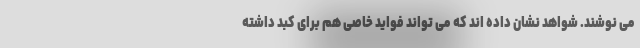
می نوشند. شواهد نشان داده اند که می تواند فواید خاصی هم برای کبد داشته